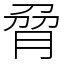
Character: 脋